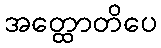
အတ္ထောတိပေ